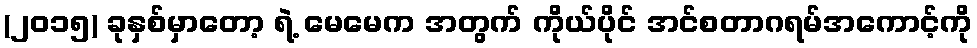
(၂၀၁၅) ခုနှစ်မှာတော့ ရဲ့ မေမေက အတွက် ကိုယ်ပိုင် အင်စတာဂရမ်အကောင့်ကို